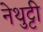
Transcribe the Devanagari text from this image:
नेथुट्टी